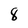
Character: 8